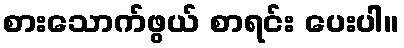
စားသောက်ဖွယ် စာရင်း ပေးပါ။